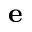
\mathbf { e }